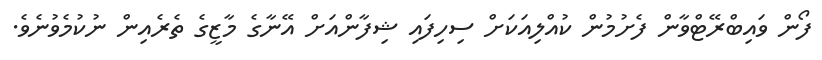
ފޯން ވައިބްރޭޓްވާން ފެށުމުން ކުއްލިއަކަށް ސިހިފައި ޝިފާންއަށް އޭނާގެ މާޒީގެ ތެރެއިން ނުކުމެވުނެވެ.